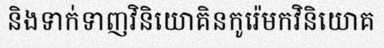
និងទាក់ទាញវិនិយោគិនកូរ៉េមកវិនិយោគ